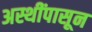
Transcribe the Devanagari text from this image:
अस्थींपासून